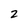
Character: 2